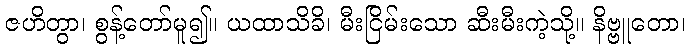
ဇဟိတွာ၊ စွန့်တော်မူ၍။ ယထာသိခိ၊ မီးငြိမ်းသော ဆီးမီးကဲ့သို့။ နိဗ္ဗူတော၊